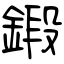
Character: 鍛